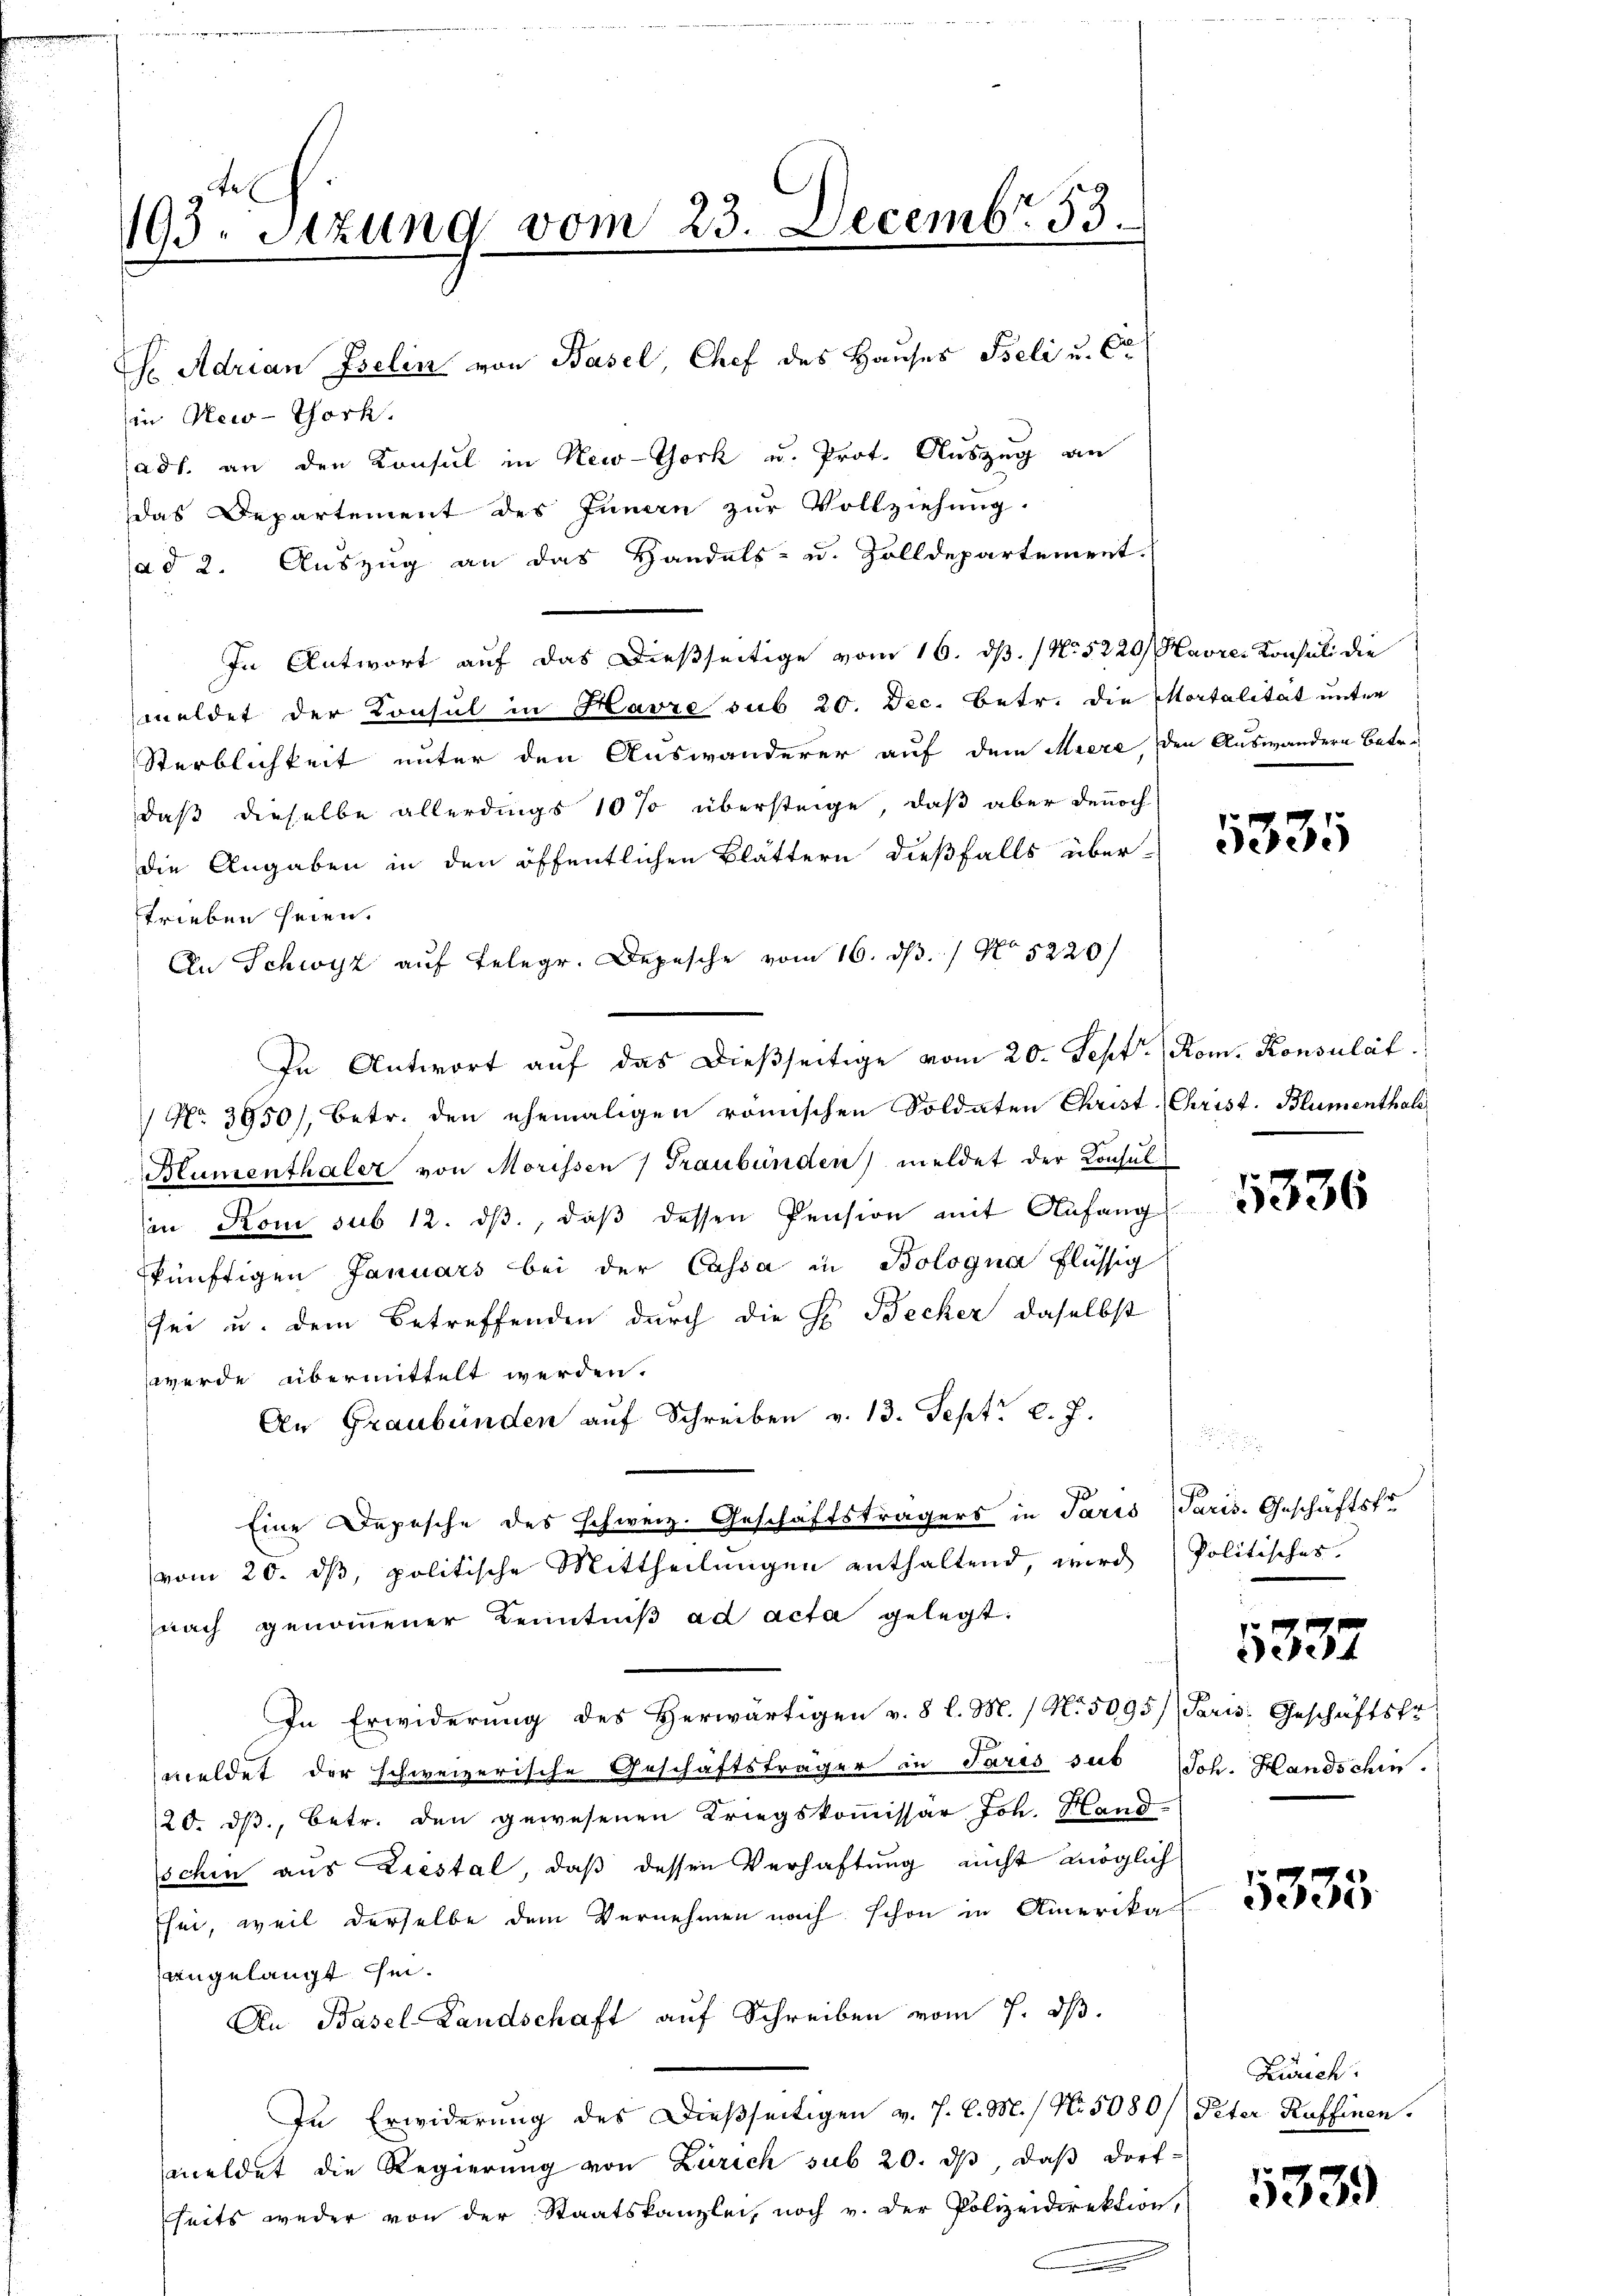
te
193. Sitzung vom 23. Decembr 33.
H Adrian Iselin von Basel, Chef des Hauses Seli u. Cr

in New-York.
adl. an den Konsul in New-York u. Prot. Auszug an
das Departement des Innau zur Vollziehung.
ad 2. Auszug an das Handels- u. Zolldepartement.
In Antwort auf das dießseitige vom 16. ds. / No 5220/ Havre Konsuli die
meldet der Konsul in Havre sub 20. Dec. Betr. die Mortalität unter
Sterblichkeit unter den Auswanderer auf dem Meere, den Auswandern Betr.
daß dieselbe allerdings 10 % übersteige, daß aber dennoch
die Angaben in den öffentlichen Blättern dießfalls über-
trieben seien.
An Schwyz auf Telegr. Depesche vom 16. ds. 1 No 5220
In Antwort aŭf das dießseitige vom 20. Sept. Rom. Konsulat
No. 3950), betr. den ehemaligen römischen Soldaten Christ Christ. Blumenthale
Blumenthaler von Morissen Graubünden) meldet der Konsul
in Rom sub 12. ds., daß dessen Pension mit Anfang
künftigen Januars bei der Cassa in Bologna flüssig
sei u. dem Betreffenden durch die Hr. Becker, daselbst
werde übermittelt werden.
An Graubünden auf Schreiben v. 13. Sept. l. J.
Eine Depesche des schweiz. Geschäftsträgers in Paris Paris-Geschäftsfr
vom 20. dβ, politische Mittheilungen enthaltend, wird Politisches.
nach genommener Kenntniß ad acta gelegt:
In Erwiderung des Herwärtigen v. 8 l. M. / N. 5095/ Paris, Geschäftsfr
meldet der schweizerische Geschäftsträger in Paris sub (Joh. Handschin
20. dβ, betr. den gewesenen Kriegskommissär Joh. Hand
schin aus Liestal, daß dessen Verhaftung nicht möglich
sei, weil derselbe dem Vernehmen nach schon in Amerika
angelangt sei.
An Basel-Landschaft auf Schreiben vom 7. dβ.
In Erwiderung des Dießseitigen v. J. C. M. / No. 5080/ Peter Ruffinen.
meldet die Regierung von Zürich sub 20. dβ, daß dort
seits weder von der Staatskanzlei, noch v. der Polizeidirektion,

5335

5336

5337

5335

Zürich.

5339